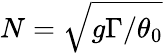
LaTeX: N=\sqrt{g\Gamma/\theta_{0}}